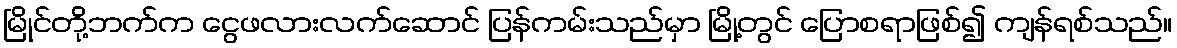
မြိုင်တို့ဘက်က ငွေဖလားလက်ဆောင် ပြန်ကမ်းသည်မှာ မြို့တွင် ပြောစရာဖြစ်၍ ကျန်ရစ်သည်။